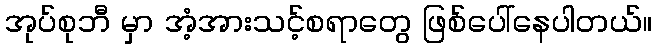
အုပ်စုဘီ မှာ အံ့အားသင့်စရာတွေ ဖြစ်ပေါ်နေပါတယ်။